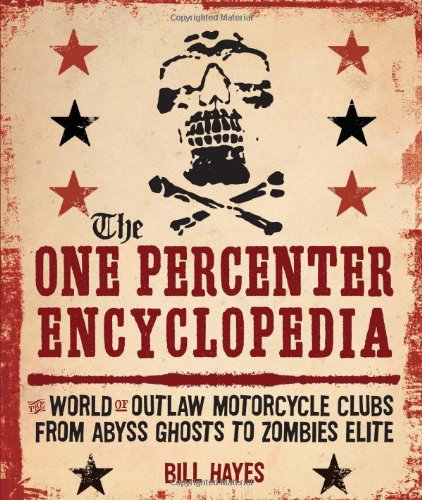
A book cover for The One Percenter Encyclopedia: The World of Outlaw Motorcycle Clubs from Abyss Ghosts to Zombies Elite; Bill Hayes; Arts & Photography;